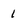
Character: 1